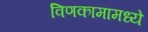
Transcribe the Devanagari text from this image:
विणकामामध्ये